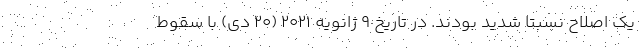
یک اصلاح نسبتا شدید بودند. در تاریخ ۹ ژانویه ۲۰۲۱ (۲۰ دی) با سقوط